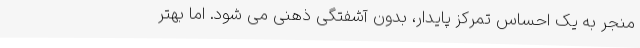
منجر به یک احساس تمرکز پایدار، بدونِ آشفتگی ذهنی می شود. اما بهتر